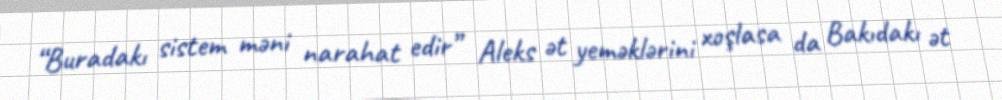
“Buradakı sistem məni narahat edir” Aleks ət yeməklərini xoşlasa da Bakıdakı ət